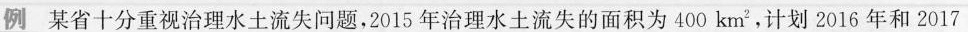
例某省十分重视治理水土流失问题，2015年治理水土流失的面积为400km^{2}，计划2016年和2017